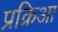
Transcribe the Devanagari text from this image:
प्रक्रिआ